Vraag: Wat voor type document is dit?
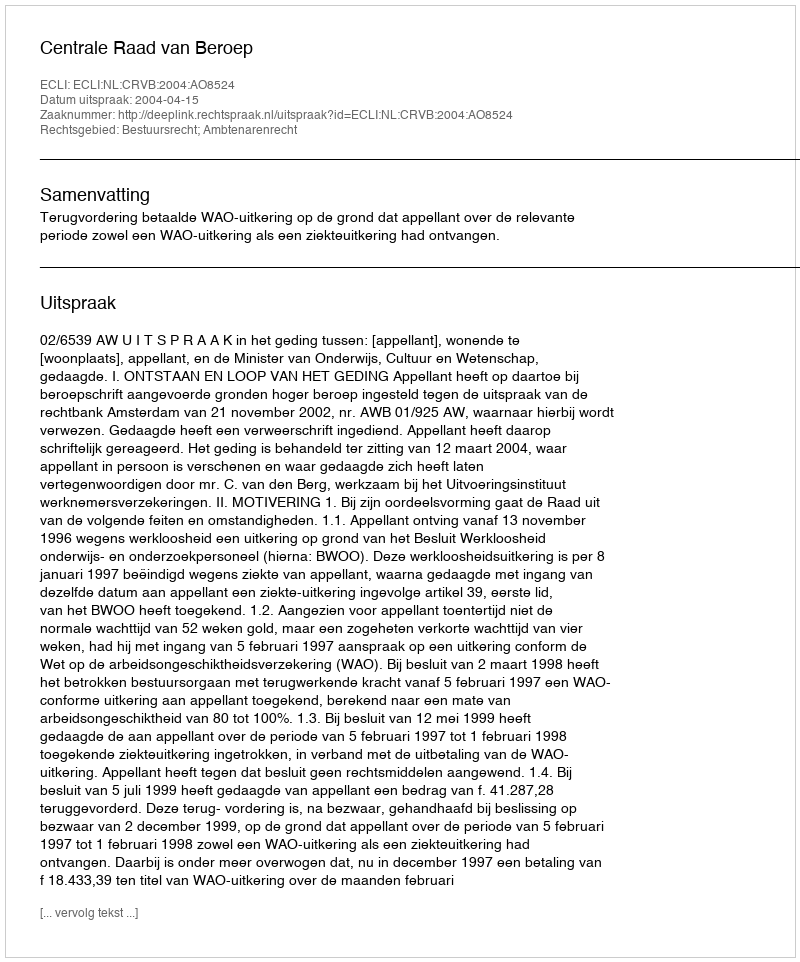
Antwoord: Uitspraak